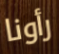
رأونا